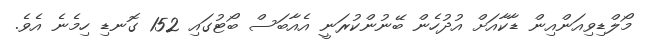
މޯލްޑިވިއަންއިން ޑާކާއަށް އުދުހެން ބޭނުންކުރަނީ އެއާބަސް ބޯޓުގައި 152 ގޮނޑި ހިމެނެ އެވެ.